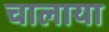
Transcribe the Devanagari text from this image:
चालाया